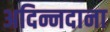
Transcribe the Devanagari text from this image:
अदिन्नदाना